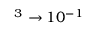
^ { 3 } \to 1 0 ^ { - 1 }